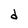
Character: d